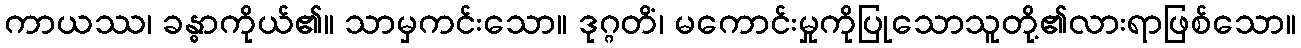
ကာယဿ၊ ခန္ဓာကိုယ်၏။ သာမှကင်းသော။ ဒုဂ္ဂတိံ၊ မကောင်းမှုကိုပြုသောသူတို့၏လားရာဖြစ်သော။